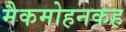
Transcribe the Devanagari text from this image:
मैकमोहनकह